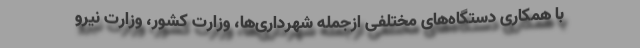
با همکاری دستگاه‌های مختلفی ازجمله شهرداری‌ها، وزارت کشور، وزارت نیرو